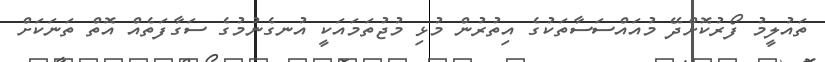
ތައުލީމު ފޯރުކޮށްދޭ މުއައްސަސާތަކުގެ އިތުރުން މުޅި މުޖުތަމައަކީ އުނގެނުމުގެ ސަގާފަތެއް އޮތް ތަނަކަށް